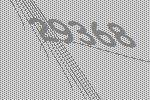
29368